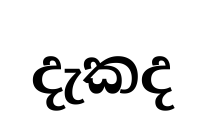
දැකද